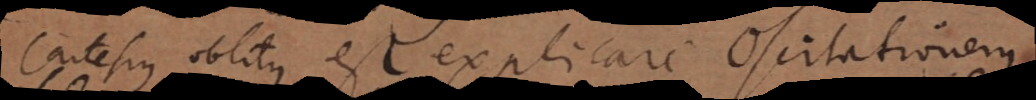
Cartesius oblitus est explicare oscitationem